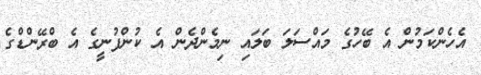
އެހެންކަމުން އެ ބޭހުގެ މައްސަލަ ބަލައި ނިމެންދެން އެ ކުންފުނީގެ އެ ބްރޭންޑްގެ